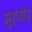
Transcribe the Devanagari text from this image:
मुहंतोड़